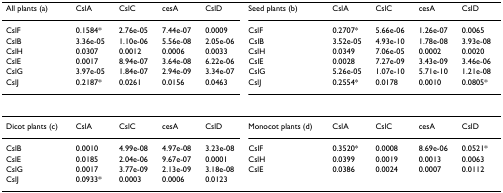
| All plants (a) | CslA | CslC | cesA | CslD | Seed plants (b) | CslA | CslC | cesA | CslD |
 | CslF | 0.1584* | 2.76e-05 | 7.44e-07 | 0.0009 | CslF | 0.2707* | 5.66e-06 | 1.26e-07 | 0.0065 |
 | CslB | 3.36e-05 | 1.10e-06 | 5.56e-08 | 2.05e-06 | CslB | 3.52e-05 | 4.93e-10 | 1.78e-08 | 3.93e-08 |
 | CslH | 0.0307 | 0.0012 | 0.0006 | 0.0033 | CslH | 0.0349 | 7.06e-05 | 0.0002 | 0.0020 |
 | CslE | 0.0017 | 8.94e-07 | 3.64e-08 | 6.22e-06 | CslE | 0.0028 | 7.27e-09 | 3.43e-09 | 3.46e-06 |
 | CslG | 3.97e-05 | 1.84e-07 | 2.94e-09 | 3.34e-07 | CslG | 5.26e-05 | 1.07e-10 | 5.71e-10 | 1.21e-08 |
 | CslJ | 0.2187* | 0.0261 | 0.0156 | 0.0463 | CslJ | 0.2554* | 0.0178 | 0.0010 | 0.0805* |
 | --- | --- | --- | --- | --- | --- | --- | --- | --- | --- |
 | Dicot plants (c) | CslA | CslC | cesA | CslD | Monocot plants (d) | CslA | CslC | cesA | CslD |
 | CslB | 0.0010 | 4.99e-08 | 4.97e-08 | 3.23e-08 | CslF | 0.3520* | 0.0008 | 8.69e-06 | 0.0521* |
 | CslE | 0.0185 | 2.04e-06 | 9.67e-07 | 0.0001 | CslH | 0.0399 | 0.0019 | 0.0013 | 0.0063 |
 | CslG | 0.0017 | 3.77e-09 | 2.13e-09 | 3.18e-08 | CslE | 0.0386 | 0.0024 | 0.0007 | 0.0112 |
 | CslJ | 0.0933* | 0.0003 | 0.0006 | 0.0123 |  |  |  |  |  |